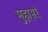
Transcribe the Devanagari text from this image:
मुहासरे